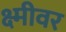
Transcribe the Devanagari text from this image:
क्ष्मीवर